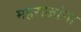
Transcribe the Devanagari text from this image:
महराजांना